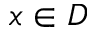
x \in D